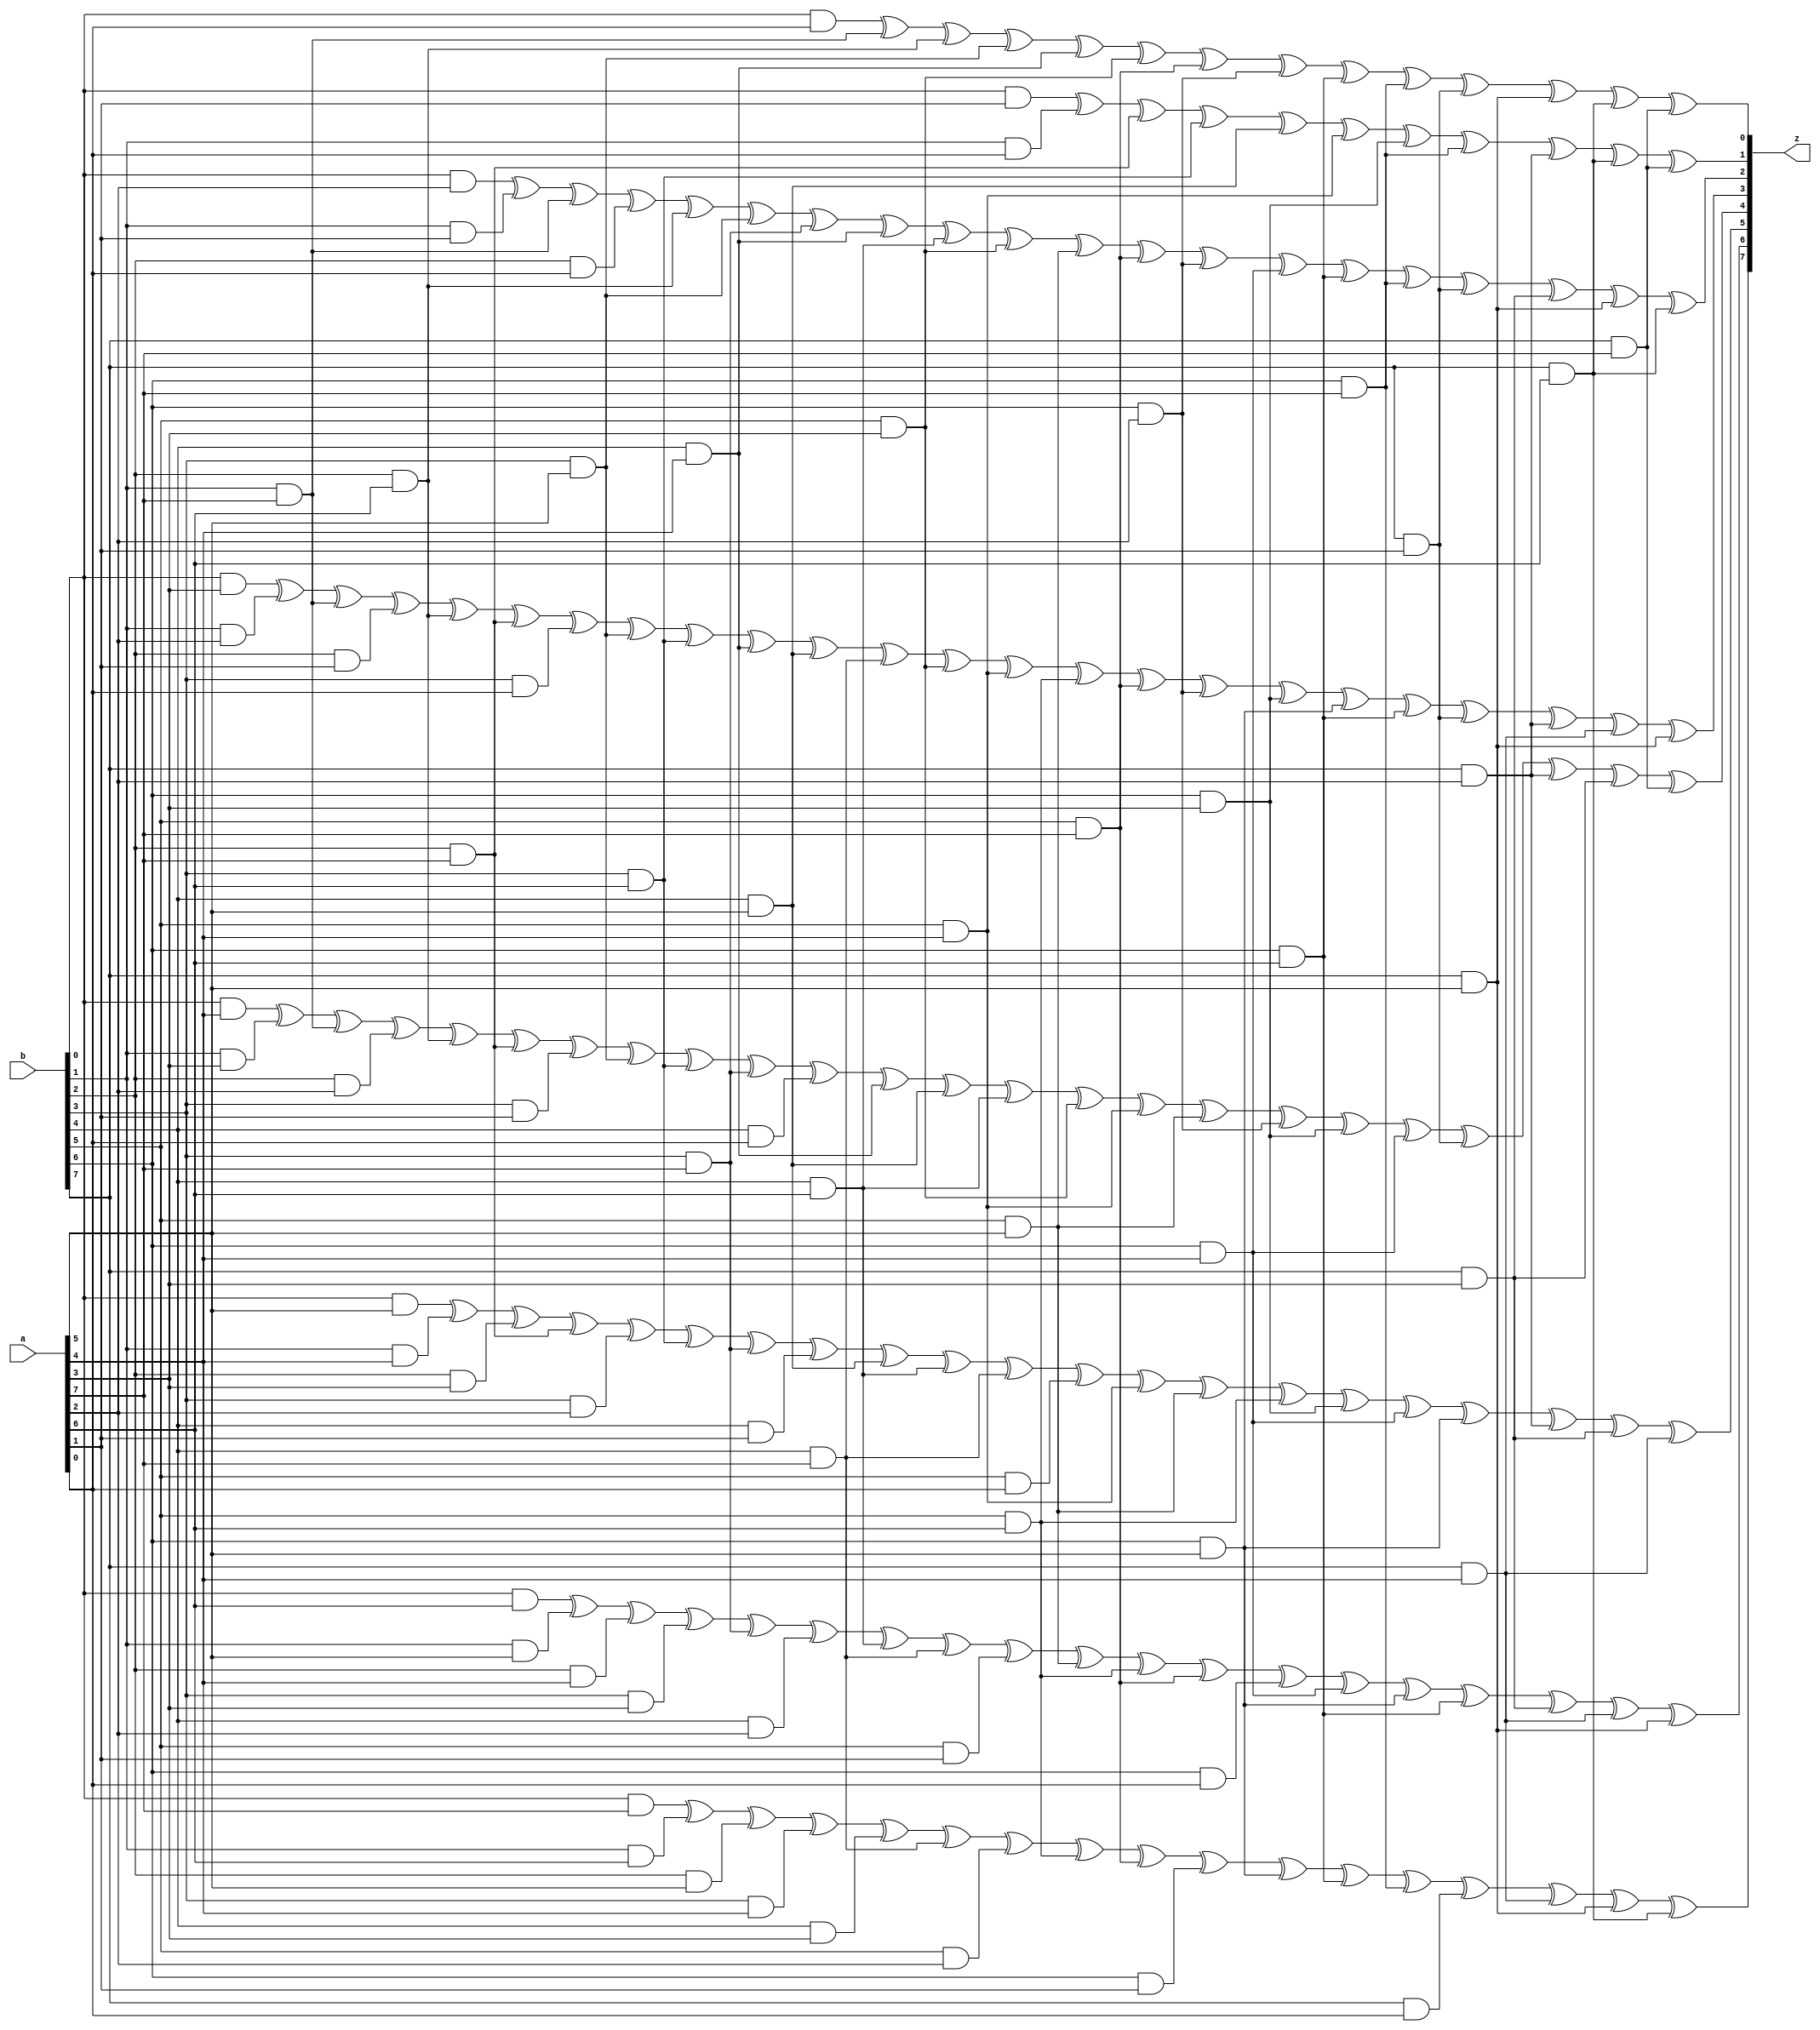
module GFMUL8(a, b, z);
input [7:0] a;
input [7:0] b;
output [7:0] z;
assign z[0] = b[0]&a[0]^b[1]&a[7]^b[2]&a[6]^b[3]&a[5]^b[4]&a[4]^b[5]&a[3]^b[5]&a[7]^b[6]&a[2]^b[6]&a[6]^b[6]&a[7]^b[7]&a[1]^b[7]&a[5]^b[7]&a[6]^b[7]&a[7];
assign z[1] = b[0]&a[1]^b[1]&a[0]^b[2]&a[7]^b[3]&a[6]^b[4]&a[5]^b[5]&a[4]^b[6]&a[3]^b[6]&a[7]^b[7]&a[2]^b[7]&a[6]^b[7]&a[7];
assign z[2] = b[0]&a[2]^b[1]&a[1]^b[1]&a[7]^b[2]&a[0]^b[2]&a[6]^b[3]&a[5]^b[3]&a[7]^b[4]&a[4]^b[4]&a[6]^b[5]&a[3]^b[5]&a[5]^b[5]&a[7]^b[6]&a[2]^b[6]&a[4]^b[6]&a[6]^b[6]&a[7]^b[7]&a[1]^b[7]&a[3]^b[7]&a[5]^b[7]&a[6];
assign z[3] = b[0]&a[3]^b[1]&a[2]^b[1]&a[7]^b[2]&a[1]^b[2]&a[6]^b[2]&a[7]^b[3]&a[0]^b[3]&a[5]^b[3]&a[6]^b[4]&a[4]^b[4]&a[5]^b[4]&a[7]^b[5]&a[3]^b[5]&a[4]^b[5]&a[6]^b[5]&a[7]^b[6]&a[2]^b[6]&a[3]^b[6]&a[5]^b[6]&a[6]^b[7]&a[1]^b[7]&a[2]^b[7]&a[4]^b[7]&a[5];
assign z[4] = b[0]&a[4]^b[1]&a[3]^b[1]&a[7]^b[2]&a[2]^b[2]&a[6]^b[2]&a[7]^b[3]&a[1]^b[3]&a[5]^b[3]&a[6]^b[3]&a[7]^b[4]&a[0]^b[4]&a[4]^b[4]&a[5]^b[4]&a[6]^b[5]&a[3]^b[5]&a[4]^b[5]&a[5]^b[6]&a[2]^b[6]&a[3]^b[6]&a[4]^b[7]&a[1]^b[7]&a[2]^b[7]&a[3]^b[7]&a[7];
assign z[5] = b[0]&a[5]^b[1]&a[4]^b[2]&a[3]^b[2]&a[7]^b[3]&a[2]^b[3]&a[6]^b[3]&a[7]^b[4]&a[1]^b[4]&a[5]^b[4]&a[6]^b[4]&a[7]^b[5]&a[0]^b[5]&a[4]^b[5]&a[5]^b[5]&a[6]^b[6]&a[3]^b[6]&a[4]^b[6]&a[5]^b[7]&a[2]^b[7]&a[3]^b[7]&a[4];
assign z[6] = b[0]&a[6]^b[1]&a[5]^b[2]&a[4]^b[3]&a[3]^b[3]&a[7]^b[4]&a[2]^b[4]&a[6]^b[4]&a[7]^b[5]&a[1]^b[5]&a[5]^b[5]&a[6]^b[5]&a[7]^b[6]&a[0]^b[6]&a[4]^b[6]&a[5]^b[6]&a[6]^b[7]&a[3]^b[7]&a[4]^b[7]&a[5];
assign z[7] = b[0]&a[7]^b[1]&a[6]^b[2]&a[5]^b[3]&a[4]^b[4]&a[3]^b[4]&a[7]^b[5]&a[2]^b[5]&a[6]^b[5]&a[7]^b[6]&a[1]^b[6]&a[5]^b[6]&a[6]^b[6]&a[7]^b[7]&a[0]^b[7]&a[4]^b[7]&a[5]^b[7]&a[6];
endmodule